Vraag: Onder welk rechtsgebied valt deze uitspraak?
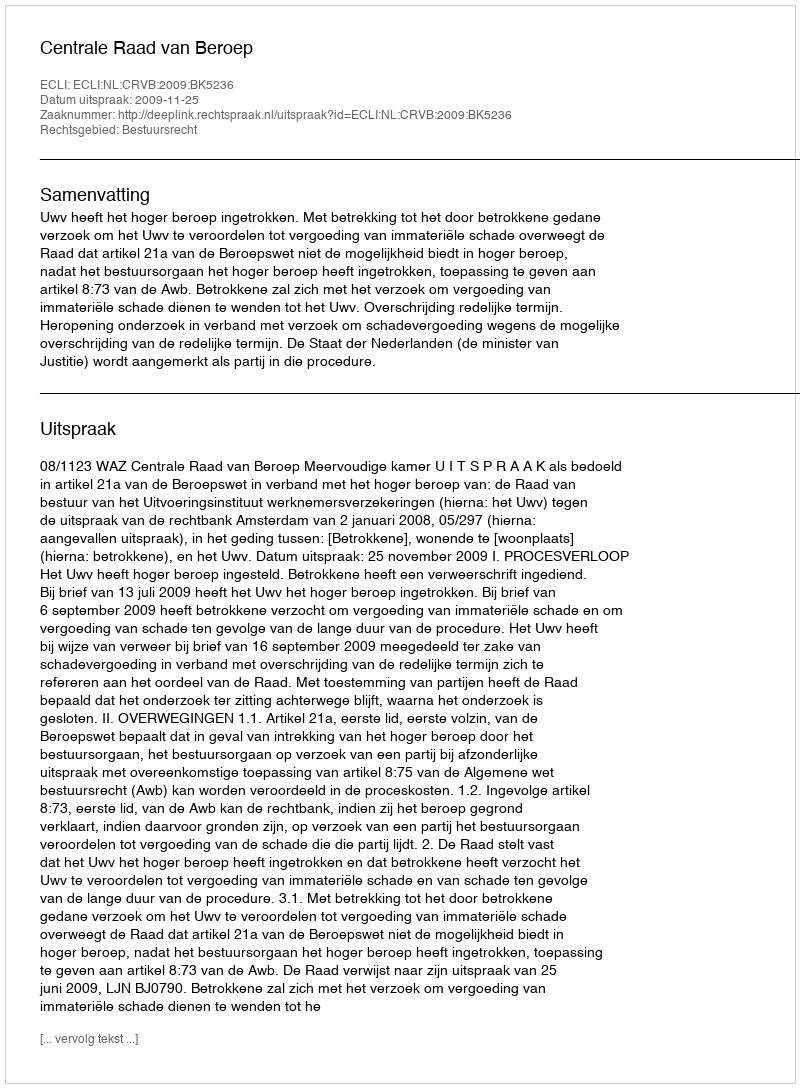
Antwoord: Bestuursrecht